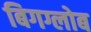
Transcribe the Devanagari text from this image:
बिगग्लोब